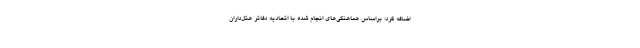
اضافه کرد: براساس هماهنگی‌های انجام شده با اتحادیه دفاتر هتل‌داران